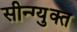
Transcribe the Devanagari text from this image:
सीन्ग्युक्त